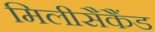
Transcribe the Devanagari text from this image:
मिलीसैकैंड